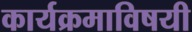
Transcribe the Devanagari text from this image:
कार्यक्रमाविषयी